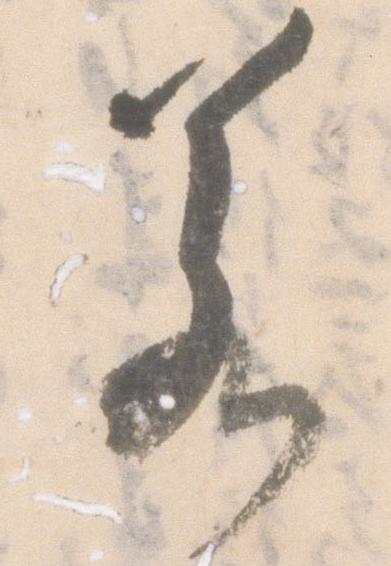
若